Civil Veterinary Department. Madras. Admin. report 1926-33 - 1926-1933
Year: 1926
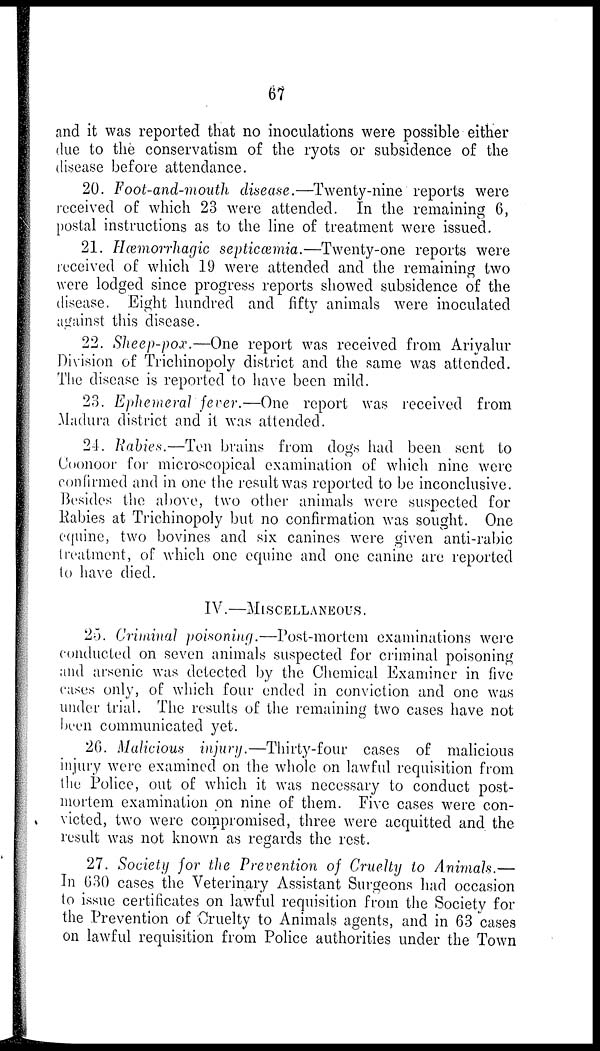
67
and it was reported that no inoculations were possible either
due to the conservatism of the ryots or subsidence of the
disease before attendance.
20. Foot-and-mouth disease.—Twenty-nine reports were
received of which 23 were attended. In the remaining 6,
postal instructions as to the line of treatment were issued.
21. Hæmorrhagic septicæmia.—Twenty-one reports were
received of which 19 were attended and the remaining two
were lodged since progress reports showed subsidence of the
disease. Eight hundred and fifty animals were inoculated
against this disease.
22. Sheep-pox.—One report was received from Ariyalur
Division of Trichinopoly district and the same was attended.
The disease is reported to have been mild.
23. Ephemeral fever.—One report was received from
Madura district and it was attended.
24. Rabies.—Ten brains from dogs had been sent to
Coonoor for microscopical examination of which nine were
confirmed and in one the result was reported to be inconclusive.
Besides the above, two other animals were suspected for
Rabies at Trichinopoly but no confirmation was sought. One
equine, two bovines and six canines were given anti-rabic
treatment, of which one equine and one canine are reported
to have died.
IV.—MISCELLANEOUS.
25. Criminal poisoning.—Post-mortem examinations were
conducted on seven animals suspected for criminal poisoning
and arsenic was detected by the Chemical Examiner in five
cases only, of which four ended in conviction and one was
under trial. The results of the remaining two cases have not
been communicated yet.
26. Malicious injury.—Thirty-four cases of malicious
injury were examined on the whole on lawful requisition from
the Police, out of which it was necessary to conduct post-
mortem examination on nine of them. Five cases were con-
victed, two were compromised, three were acquitted and the
result was not known as regards the rest.
27. Society for the Prevention of Cruelty to Animals.—
In 630 cases the Veterinary Assistant Surgeons had occasion
to issue certificates on lawful requisition from the Society for
the Prevention of Cruelty to Animals agents, and in 63 cases
on lawful requisition from Police authorities under the Town